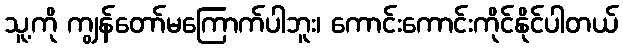
သူ့ကို ကျွန်တော်မကြောက်ပါဘူး၊ ကောင်းကောင်းကိုင်နိုင်ပါတယ်